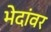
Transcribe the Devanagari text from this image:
भेदांवर